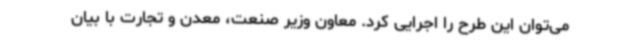
می‌توان این طرح را اجرایی کرد. معاون وزیر صنعت، معدن و تجارت با بیان